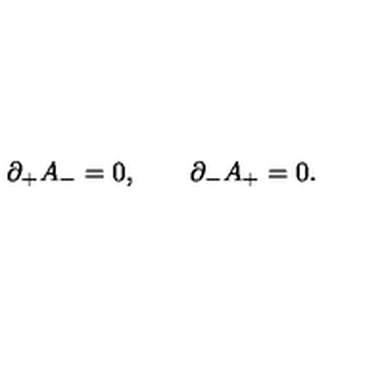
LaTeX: \partial _ { + } A _ { - } = 0 , \qquad \partial _ { - } A _ { + } = 0 .